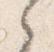
之